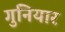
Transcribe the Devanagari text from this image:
गुनियार